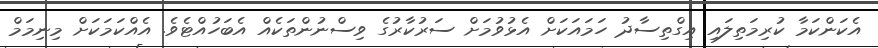
އެކަންކަމާ ކުރިމަތިލައި އިގްތިސާދު ހަމައަކަށް އެޅުވުމަށް ސަރުކާރުގެ ވިސްނުންތަކެއް އެބަހުއްޓެވެ. އެއްކަމަކަށް މިނިމަމް